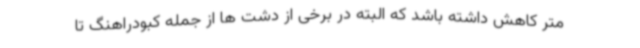
متر کاهش داشته باشد که البته در برخی از دشت ها از جمله کبودراهنگ تا